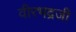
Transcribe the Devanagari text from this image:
वीरभद्रजी